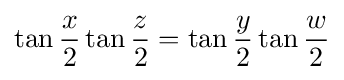
\tan {\frac {x}{2}}\tan {\frac {z}{2}}=\tan {\frac {y}{2}}\tan {\frac {w}{2}}